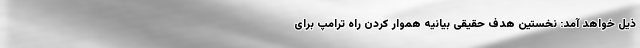
ذیل خواهد آمد: نخستین هدف حقیقی بیانیه هموار کردن راه ترامپ برای